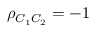
\rho _ { C _ { 1 } C _ { 2 } } = - 1